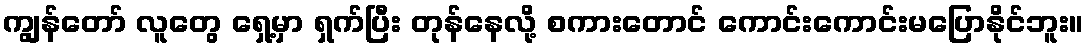
ကျွန်တော် လူတွေ ရှေ့မှာ ရှက်ပြီး တုန်နေလို့ စကားတောင် ကောင်းကောင်းမပြောနိုင်ဘူး။